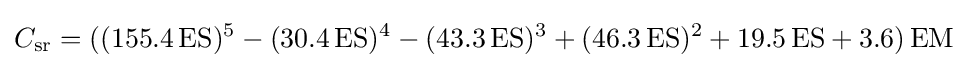
C_{\text{sr}}=((155.4\,{\text{ES}})^{5}-(30.4\,{\text{ES}})^{4}-(43.3\,{\text{ES}})^{3}+(46.3\,{\text{ES}})^{2}+19.5\,{\text{ES}}+3.6)\,{\text{EM}}